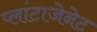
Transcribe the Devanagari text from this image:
प्लांटाजेनेट